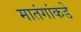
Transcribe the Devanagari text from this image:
मातंगांकडे